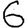
Digit: 6